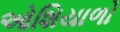
ઓશિયાળો